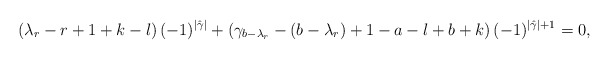
\begin{align*} \left(\lambda_r-r+1+k-l\right)(-1)^{|\hat{\gamma}|}+\left(\gamma_{b-\lambda_r}-(b-\lambda_r)+1-a-l+b+k\right)(-1)^{|\hat{\gamma}|+1} = 0, \end{align*}